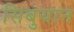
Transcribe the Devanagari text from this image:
सिबुयान